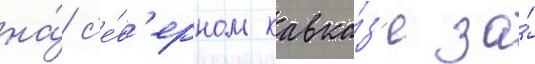
на́ с'е́в'ерном кавка́з'е за́